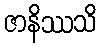
ဇာနိဿသိ